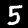
Digit: 5